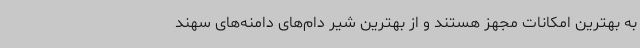
به بهترین امکانات مجهز هستند و از بهترین شیر دام‌های دامنه‌های سهند